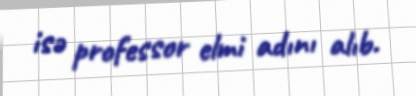
isə professor elmi adını alıb.